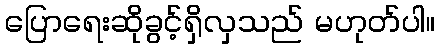
ပြောရေးဆိုခွင့်ရှိလှသည် မဟုတ်ပါ။